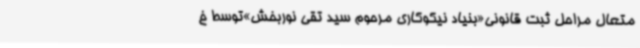
متعال مراحل ثبت قانونی«بنیاد نیکوکاری مرحوم سید تقی نوربخش»توسط خ